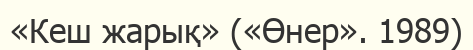
«Кеш жарық» («Өнер». 1989)